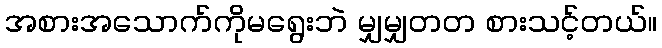
အစားအသောက်ကိုမရွေးဘဲ မျှမျှတတ စားသင့်တယ်။